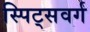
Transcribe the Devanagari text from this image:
स्पिट्सवर्ग